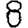
Digit: 8